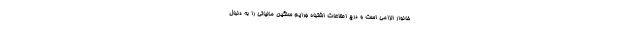
خانوار الزامی است و درج اطلاعات اشتباه جرایم سنگین مالیاتی را به دنبال